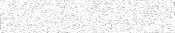
١٥